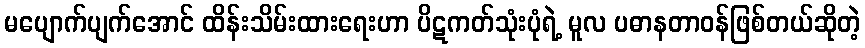
မပျောက်ပျက်အောင် ထိန်းသိမ်းထားရေးဟာ ပိဋကတ်သုံးပုံရဲ့ မူလ ပဓာနတာဝန်ဖြစ်တယ်ဆိုတဲ့